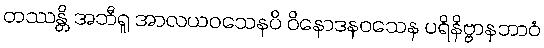
တဿန္တိ အဘီရူ အာလယဝသေနပိ ဝိနောဒနဝသေန ပရိနိဗ္ဗာနဘာဝံ